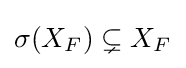
\sigma (X_{F})\subsetneq X_{F}